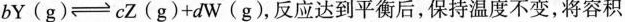
b Y ( g ) \rightleftharpoons c Z ( g ) + d W ( g )$$，反应达到平衡后，保持温度不变，将容积